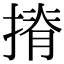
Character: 𢱣